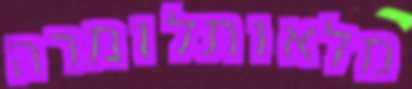
מלאותלומרה